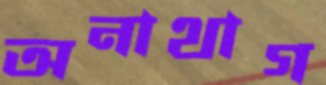
অনাথাগ